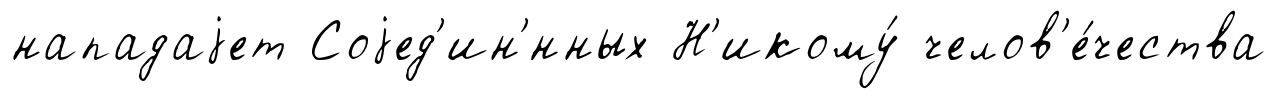
нападаjет Соjед'ин'́нных Н'икому́ челов'е́чества